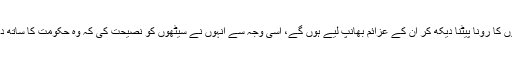
دور اندیشن اور دانشمند سپہ سالار نے تاجروں کا رونا پیٹنا دیکھ کر ان کے عزائم بھانپ لیے ہوں گے، اسی وجہ سے انہوں نے سیٹھوں کو نصیحت کی کہ وہ حکومت کا ساتھ دیں اور حکومت مخالف قوتوں سے دور رہیں۔